Report of the Indian Hemp Drugs Commission, 1894-1895 - Volume VII
Year: 1894
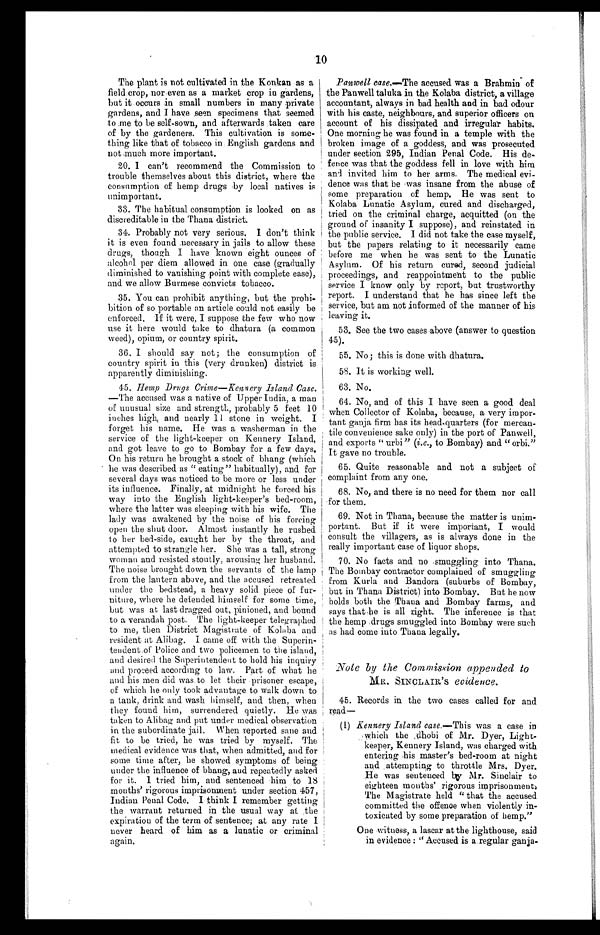
10
The plant is not cultivated in the Korikan as a
field. crop, nor even as a market crop in gardens,
but it occurs in small numbers in many .private
gardens, and I have ,seen specimens that seemed
to :me to be self-sown, and afterwards taken care
of by the gardeners. This cultivation is some-
thing like that of tobacco in English gardens and
not .much more important.
20. I can't recommend the Commission to
trouble themselves about this district, where the
consumption of hemp drugs ,by local natives is
unimportant.
33. The habitual consumption is looked on as
discreditable in the Thana district.
34. Probably not very serious. I don't think
it is even found .necessary in jails to allow these
drugs, though I have known eight ounces of
alcohol per diem allowed in one case (gradually
diminished to vanishing point with complete ease),
and we allow Burmese convicts tobacco.
35. You can prohibit anything, but the prohi-
bition of so portable an article could not easily be
enforced. If it were, I suppose the few who now
use it here would take to dhatura (a common
weed), opium, or country spirit.
36. I should say not; the consumption of
country spirit iu this (very drunken) district is
apparently diminishing.
45. hemp Drugs Crime—Kennery Island Case.
—The accused was a native of Upper India, a man
of unusual size and strength, probably 5 feet 10
inches high, and nearly 11 stone in weight. I
forget his name. He was a washermau in the
service of the light-keeper on Kennery Island,
and got leave to go to Bombay for a few days.
On his return he brought a stock of bhang (which
he was described as " eating" habitually), and for
several days was noticed to be more or less under
its influence. Finally, at midnight he forced his
way into the English light-keeper's bed-room,
where the latter was sleeping with his wife. The
lady was awakened by the noise of his forcing
open the shut door. Almost instantly he rushed
to her bed-side, caught her by the throat, and
attempted to strangle her. She was a tall, strong
woman and resisted stoutly, arousing her husband.
The noise brought down the servants of the lamp
from the lantern above, and the accused retreated
under the bedstead, a heavy solid piece of fur-
niture, where he detended himself for some time,
but was at last dragged out, pinioned, and bound
to a verandah post. The light-keeper telegraphed
to me, then District Magistrate of Kolaba and
resident at Alibag. I came off with the Superin-
tendent.of Police and two policemen to the island,
and desired the Superintendent to hold his inquiry
and prca:eed according to law. Part of what he
and his men did was. to let their -prisoner escape,
of which he only took advantage to walk down to
a tank, drink and wash himself, and then, when
they found him, surrendered quietly. He was
taken to Alibag and put under medical observation
in the subordinate jail. When reported sane and
fit to be tried, he was tried by myself. The
medical evidence was that, when admitted, and for
some time after, he showed symptoms of being
under the influence of bhang, and repeatedly asked
for it. I tried him, and sentenced . him to 18
months' rigorous imprisonment under section 457,
Indian Penal Code. I think I remember getting
the warrant returned in -the usual way at .the
expiration of the term of sentence; at any rate I
never heard of him as a lunatic or criminal
again.
Panwell ease.—The accused was a Brahmin of
the Panwell taluka in the Kolaba district, a village
accountant, always in bad health and in bad odour
with his caste, neighbours, and superior officers on
account of his dissipated and irregular habits.
One morning he was found in a temple with the
broken image of a goddess, and was prosecuted
under section 295, Indian Penal Code. His de-
fence was that the goddess fell in love with him
and invited him to her arms. The medical evi-
dence was that he , was insane from the abuse of
some preparation of hemp. He was sent to
Kolaba Lunatic Asylum, cured and discharged,
tried on the criminal charge, acquitted (on the
ground of insanity I suppose), and reinstated in
the public service. I did not take the case myself,
but the papers relating to it necessarily came
before me when he was sent to the Lunatic
Asylum. Of his return cured, second judicial
proceedings, and reappointment to the public
service I know only by report, but trustworthy
report. I understand that he has since left the
service, but am not informed of the manner of his
leaving it.
53. See the two cases -above (answer to question
45).
55. No; this is done with dhatura.
58. It is working well.
63. No,
64. No, and of this I have seen a good deal
when Collector of Kolaba, because, a very impor-
tant ganja firm has its headquarters (for mercan-
tile convenience sake only) in the port of Panwell,
and exports " urbi" (i.e., to Bombay) and " orbi."
It gave no trouble.
65. Quite reasonable and not a subject of
complaint from any one.
68. No, and there is no need for them nor call
for them.
69. Not in Thana, because the matter is unim-
portant. But if it were important, I would
consult the villagers, as is always done in the
really important case of liquor shops.
70. No facts and no ,smuggling into Thana.
The Bombay contractor complained of smuggling
from Kurla and Bandora (suburbs of Bombay,
but in Thana District) into Bombay. But he now
holds both the Thalia and Bombay farms, and
says that ,he is all right. The inference is that
the hemp drugs smuggled into Bombay were such
as had come into Thana legally.
Note by the Commission appended to
MR. SINCLAIR ' S evidence.
45. Records in the two cases called for and
read
(1) Kennery Island case.—This was a case in
..which the ,dhohi of Mr. Dyer, Light-
keeper, Kennery Island, was charged with
entering his master's bed-room at night
and . attempting to throttle Mrs. Dyer.
.He was sentenced bo, Mr. Sinclair to
eighteen months' rigorous imprisonment,
The Magistrate held " that the accused
committed the offense when violently in-
toxicated by some preparation of hemp."
One witness, a lascar at the lighthouse, said
in evidence : "Accused is a.regnlar ganja-
,